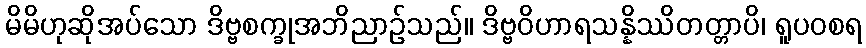
မိမိဟုဆိုအပ်သော ဒိဗ္ဗစက္ခုအဘိညာဉ်သည်။ ဒိဗ္ဗဝိဟာရသန္နိဿိတတ္တာပိ၊ ရူပဝစရ